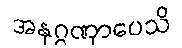
အနုဂ္ဂဏှာပေသိ